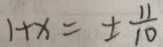
1 + x = \pm \frac { 1 1 } { 1 0 }